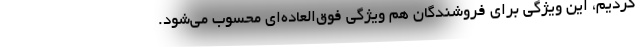
کردیم، این ویژگی برای فروشندگان هم ویژگی فوق‌العاده‌ای محسوب می‌شود.